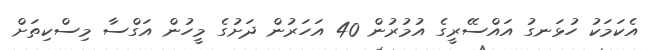
އެކަމަކު ހުޅަނގު އައްސޭރީގެ އުމުރުން 40 އަހަރުން ދަށުގެ މީހުން އަގްސާ މިސްކިތަށް